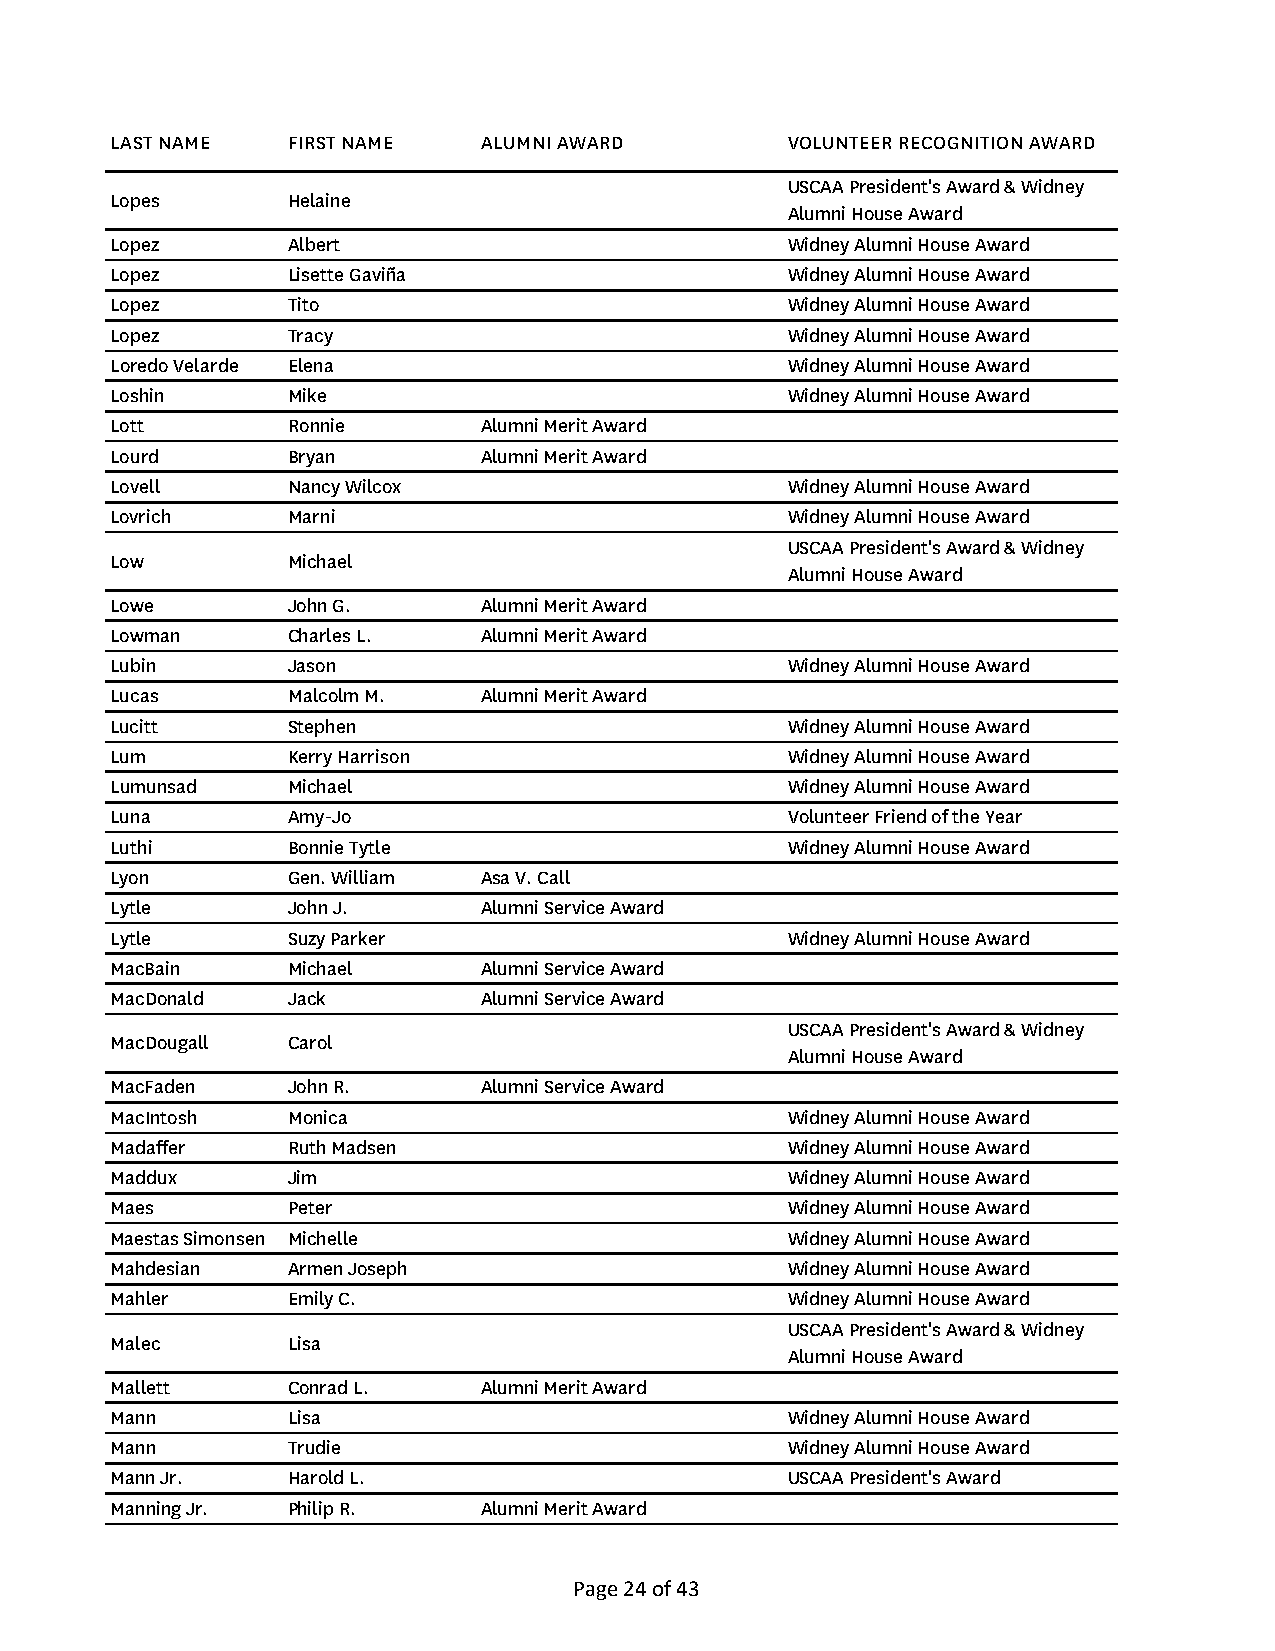
LAST NAME   FIRST NAME   ALUMNI AWARD        VOLUNTEER RECOGNITION AWARD
 USCAA President's Award & Widney
 Lopes       Helaine
 Alumni House Award
 Lopez       Albert                           Widney Alumni House Award
 Lopez       Lisette Gaviña                   Widney Alumni House Award
 Lopez       Tito                             Widney Alumni House Award
 Lopez       Tracy                            Widney Alumni House Award
 Loredo Velarde Elena                         Widney Alumni House Award
 Loshin      Mike                             Widney Alumni House Award
 Lott        Ronnie       Alumni Merit Award
 Lourd       Bryan        Alumni Merit Award
 Lovell      Nancy Wilcox                     Widney Alumni House Award
 Lovrich     Marni                            Widney Alumni House Award
 USCAA President's Award & Widney
 Low         Michael
 Alumni House Award
 Lowe        John G.      Alumni Merit Award
 Lowman      Charles L.   Alumni Merit Award
 Lubin       Jason                            Widney Alumni House Award
 Lucas       Malcolm M.   Alumni Merit Award
 Lucitt      Stephen                          Widney Alumni House Award
 Lum         Kerry Harrison                   Widney Alumni House Award
 Lumunsad    Michael                          Widney Alumni House Award
 Luna        Amy-Jo                           Volunteer Friend of the Year
 Luthi       Bonnie Tytle                     Widney Alumni House Award
 Lyon        Gen. William Asa V. Call
 Lytle       John J.      Alumni Service Award
 Lytle       Suzy Parker                      Widney Alumni House Award
 MacBain     Michael      Alumni Service Award
 MacDonald   Jack         Alumni Service Award
 USCAA President's Award & Widney
 MacDougall  Carol
 Alumni House Award
 MacFaden    John R.      Alumni Service Award
 MacIntosh   Monica                           Widney Alumni House Award
 Madaffer    Ruth Madsen                      Widney Alumni House Award
 Maddux      Jim                              Widney Alumni House Award
 Maes        Peter                            Widney Alumni House Award
 Maestas Simonsen Michelle                    Widney Alumni House Award
 Mahdesian   Armen Joseph                     Widney Alumni House Award
 Mahler      Emily C.                         Widney Alumni House Award
 USCAA President's Award & Widney
 Malec       Lisa
 Alumni House Award
 Mallett     Conrad L.    Alumni Merit Award
 Mann        Lisa                             Widney Alumni House Award
 Mann        Trudie                           Widney Alumni House Award
 Mann Jr.    Harold L.                        USCAA President's Award
 Manning Jr. Philip R.    Alumni Merit Award
 Page 24 of 43